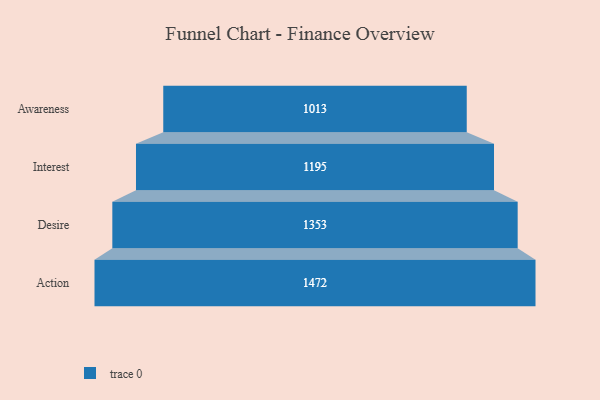
{"axis": {"x": "Stage", "y": "Value"}, "legend": [""], "data": [{"x": "Awareness", "y": 1013.0, "type": ""}, {"x": "Interest", "y": 1195.0, "type": ""}, {"x": "Desire", "y": 1353.0, "type": ""}, {"x": "Action", "y": 1472.0, "type": ""}]}